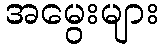
အမွေးများ